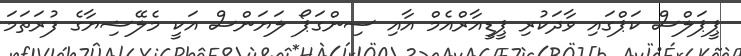
ޕީޕަލްސް ކަޕްގައި ވާދަކުރި ޕީޑީއާރްއެމް އާއި ސިންގަޕޯ ލަޔަންސް އަކީ މެލޭޝިޔާގެ ފުރަތަމަ